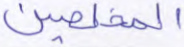
المخلصين